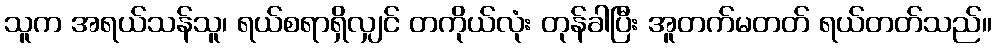
သူက အရယ်သန်သူ၊ ရယ်စရာရှိလျှင် တကိုယ်လုံး တုန်ခါပြီး အူတက်မတတ် ရယ်တတ်သည်။